Tezpur Lunatic Asylum reports 1877-1894 - 1877-1894
Year: 1877
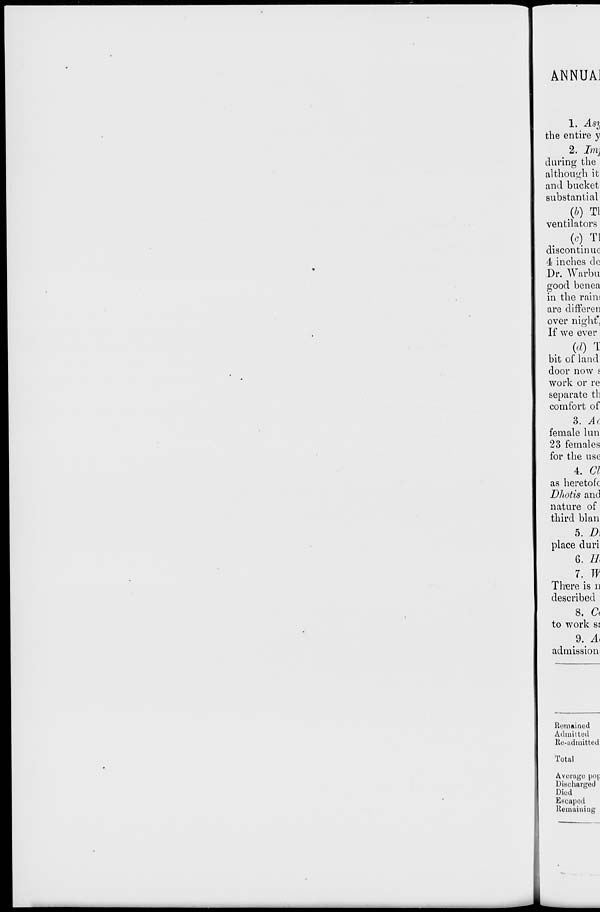
ANNUAJ
1. Asi
the entire y
2. Imj
during the
although it
and bucket
substantial
(b) Tl
ventilators
(o) Tl
discontinue
4 inches de
Dr. Warbu
good benea
in the rain;
are differen
over night'
If we ever
(d) i
bit of land
door now s
work or re
separate th
comfort of
3. Ac
female lun
23 females
for the use
4. 67
as heretofc
Dhotis and
nature of
third blan
5. D\
place duri
6. 11
7. W
There is n
described
8. d
to work SJ
9. A,
admission
Remained
Admitted
Re-admittod
Total
Average pop
Discharged
Died
Escaped
Remaining